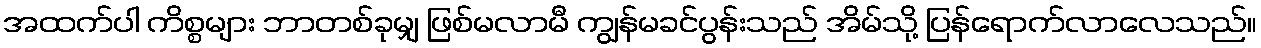
အထက်ပါ ကိစ္စများ ဘာတစ်ခုမျှ ဖြစ်မလာမီ ကျွန်မခင်ပွန်းသည် အိမ်သို့ ပြန်ရောက်လာလေသည်။